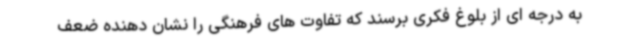
به درجه ای از بلوغ فکری برسند که تفاوت های فرهنگی را نشان دهنده ضعف